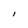
Character: I